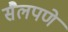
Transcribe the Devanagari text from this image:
सैलपणे